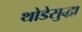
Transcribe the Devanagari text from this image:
थोडेसुद्धा